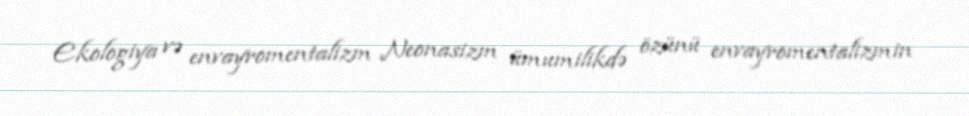
Ekologiya və envayromentalizm Neonasizm ümumilikdə özünü envayromentalizmin